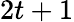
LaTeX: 2t+1